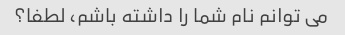
می توانم نام شما را داشته باشم، لطفا؟